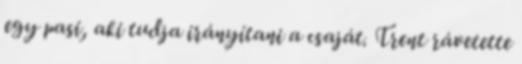
egy pasi, aki tudja irányítani a csaját. Trent rávetette